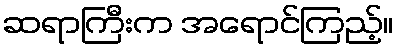
ဆရာကြီးက အရောင်ကြည့်။